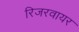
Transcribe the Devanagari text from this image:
रिजरवायर